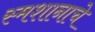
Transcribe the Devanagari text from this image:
स्मशानाचे